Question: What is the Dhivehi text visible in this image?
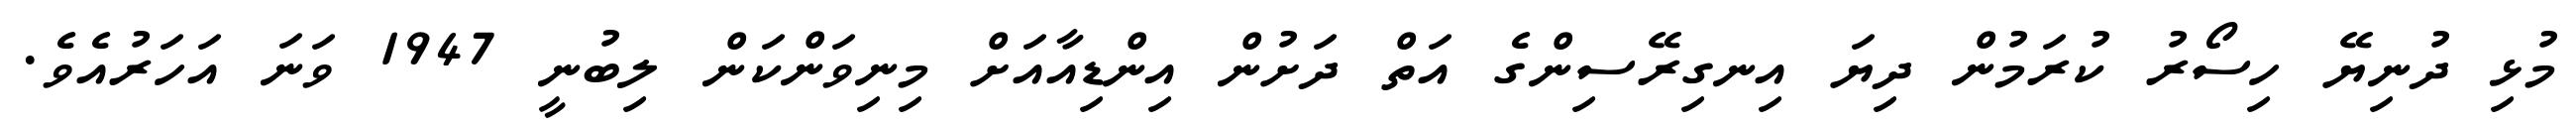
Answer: މުޅި ދުނިޔޭ ހިސޯރު ކުރަމުން ދިޔަ އިނގިރޭސިންގެ އަތް ދަށުން އިންޑިއާއަށް މިނިވަންކަން ލިބުނީ 1947 ވަނަ އަހަރުއެވެ.